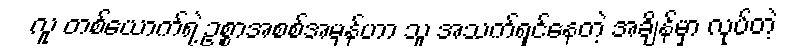
လူ တစ်ယောက်ရဲ့ ဥစ္စာအစစ်အမှန်ဟာ သူ အသက်ရှင်နေတဲ့ အချိန်မှာ လုပ်တဲ့